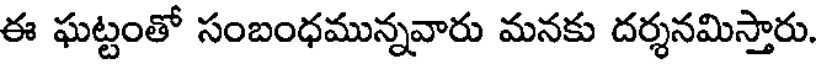
ఈ ఘట్టంతో సంబంధమున్నవారు మనకు దర్శనమిస్తారు.